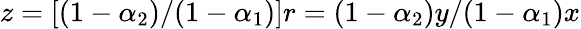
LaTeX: z=[(1-\alpha_{2})/(1-\alpha_{1})]r=(1-\alpha_{2})y/(1-\alpha_{1})x